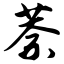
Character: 萘